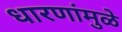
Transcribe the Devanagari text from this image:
धारणांमुळे